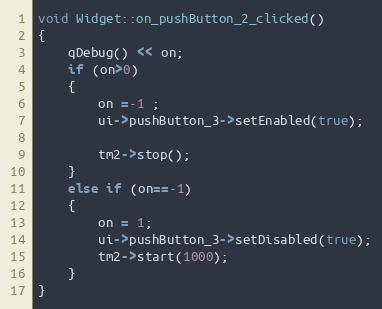
Language: C++
void Widget::on_pushButton_2_clicked()
{
    qDebug() << on;
    if (on>0)
    {
        on =-1 ;
        ui->pushButton_3->setEnabled(true);

        tm2->stop();
    }
    else if (on==-1)
    {
        on = 1;
        ui->pushButton_3->setDisabled(true);
        tm2->start(1000);
    }
}